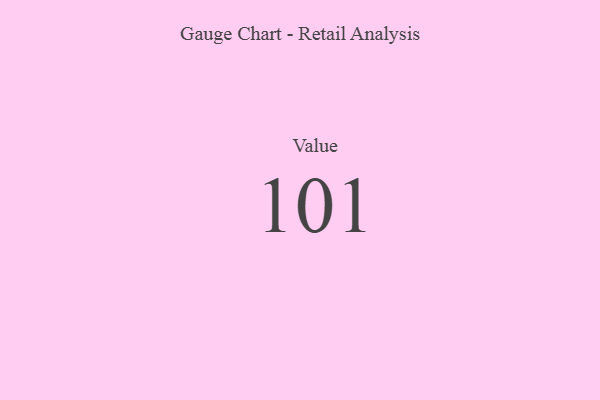
{"axis": {"x": "Metric", "y": "Value"}, "legend": [""], "data": [{"x": "Value", "y": 101, "type": ""}]}